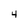
Character: 4